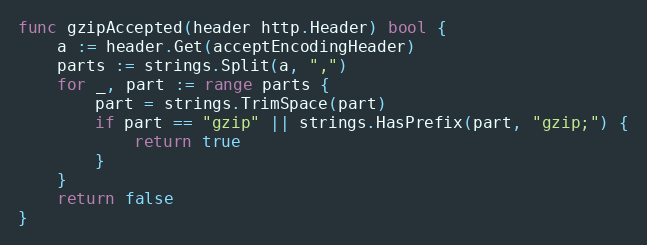
Language: Go
func gzipAccepted(header http.Header) bool {
	a := header.Get(acceptEncodingHeader)
	parts := strings.Split(a, ",")
	for _, part := range parts {
		part = strings.TrimSpace(part)
		if part == "gzip" || strings.HasPrefix(part, "gzip;") {
			return true
		}
	}
	return false
}